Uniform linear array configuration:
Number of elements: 48
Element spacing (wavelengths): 1
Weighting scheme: cosine
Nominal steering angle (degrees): -60
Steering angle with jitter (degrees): -60.694
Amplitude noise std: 0.05
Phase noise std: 0.05

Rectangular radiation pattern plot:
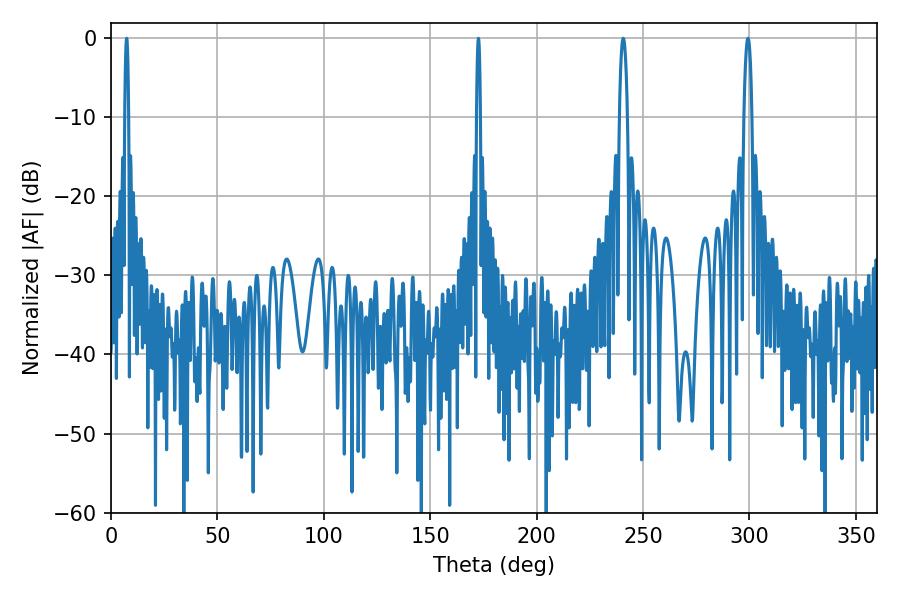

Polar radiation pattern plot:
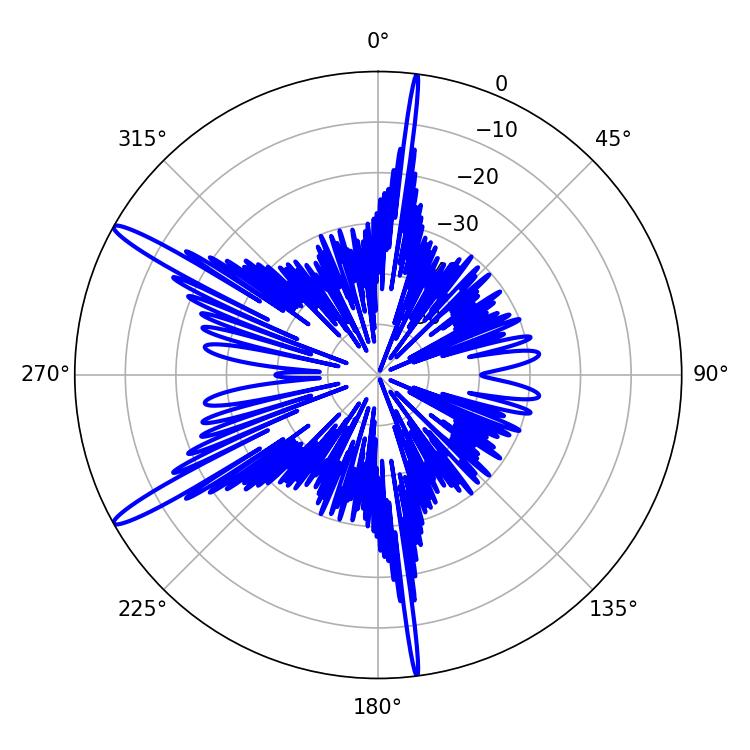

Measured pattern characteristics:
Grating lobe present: TRUE
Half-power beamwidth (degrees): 1.98
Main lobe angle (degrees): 240.66